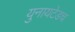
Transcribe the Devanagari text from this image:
युनायटेडच